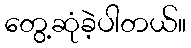
တွေ့ဆုံခဲ့ပါတယ်။